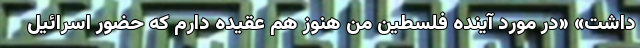
داشت» «در مورد آینده فلسطین من هنوز هم عقیده دارم که حضور اسرائیل